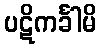
ပဋိကင်္ခါမိ